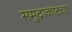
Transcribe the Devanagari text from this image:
समुद्राकाठचा